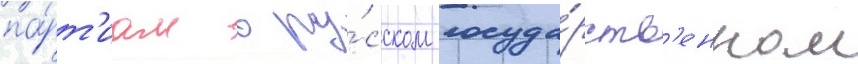
па́рт'иам в ру́сском госуда́рств'енном